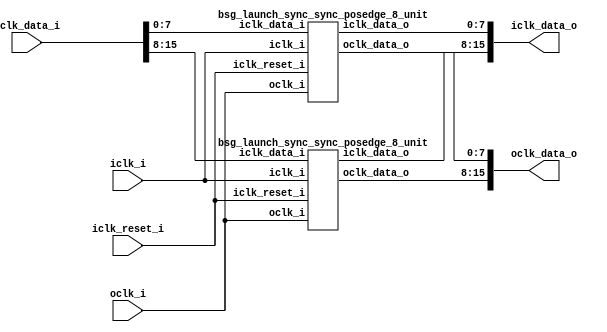
/* Generated by Yosys 0.27+9 (git sha1 101d19bb6, gcc 11.2.0-7ubuntu2 -fPIC -Os) */

(* top =  1  *)

module bsg_launch_sync_sync(iclk_i, iclk_reset_i, oclk_i, iclk_data_i, iclk_data_o, oclk_data_o);
  
  input [15:0] iclk_data_i;
  wire [15:0] iclk_data_i;
  
  output [15:0] iclk_data_o;
  wire [15:0] iclk_data_o;
  
  input iclk_i;
  wire iclk_i;
  
  input iclk_reset_i;
  wire iclk_reset_i;
  
  output [15:0] oclk_data_o;
  wire [15:0] oclk_data_o;
  
  input oclk_i;
  wire oclk_i;
  (* module_not_derived = 32'd1 *)
  
  bsg_launch_sync_sync_posedge_8_unit \sync.p.maxb[0].blss  (
    .iclk_data_i(iclk_data_i[7:0]),
    .iclk_data_o(iclk_data_o[7:0]),
    .iclk_i(iclk_i),
    .iclk_reset_i(iclk_reset_i),
    .oclk_data_o(oclk_data_o[7:0]),
    .oclk_i(oclk_i)
  );
  (* module_not_derived = 32'd1 *)
  
  bsg_launch_sync_sync_posedge_8_unit \sync.p.maxb[1].blss  (
    .iclk_data_i(iclk_data_i[15:8]),
    .iclk_data_o(iclk_data_o[15:8]),
    .iclk_i(iclk_i),
    .iclk_reset_i(iclk_reset_i),
    .oclk_data_o(oclk_data_o[15:8]),
    .oclk_i(oclk_i)
  );
endmodule


module bsg_launch_sync_sync_posedge_8_unit(iclk_i, iclk_reset_i, oclk_i, iclk_data_i, iclk_data_o, oclk_data_o);
  
  reg [7:0] bsg_SYNC_1_r;
  
  reg [7:0] bsg_SYNC_2_r;
  
  reg [7:0] bsg_SYNC_LNCH_r;
  
  input [7:0] iclk_data_i;
  wire [7:0] iclk_data_i;
  
  output [7:0] iclk_data_o;
  wire [7:0] iclk_data_o;
  
  input iclk_i;
  wire iclk_i;
  
  input iclk_reset_i;
  wire iclk_reset_i;
  
  output [7:0] oclk_data_o;
  wire [7:0] oclk_data_o;
  
  input oclk_i;
  wire oclk_i;
  (* \always_ff  = 32'd1 *)
  
  always @(posedge oclk_i)
    bsg_SYNC_2_r[4] <= bsg_SYNC_1_r[4];
  (* \always_ff  = 32'd1 *)
  
  always @(posedge oclk_i)
    bsg_SYNC_2_r[5] <= bsg_SYNC_1_r[5];
  (* \always_ff  = 32'd1 *)
  
  always @(posedge oclk_i)
    bsg_SYNC_2_r[6] <= bsg_SYNC_1_r[6];
  (* \always_ff  = 32'd1 *)
  
  always @(posedge oclk_i)
    bsg_SYNC_2_r[7] <= bsg_SYNC_1_r[7];
  (* \always_ff  = 32'd1 *)
  
  always @(posedge oclk_i)
    bsg_SYNC_1_r[0] <= bsg_SYNC_LNCH_r[0];
  (* \always_ff  = 32'd1 *)
  
  always @(posedge oclk_i)
    bsg_SYNC_1_r[1] <= bsg_SYNC_LNCH_r[1];
  (* \always_ff  = 32'd1 *)
  
  always @(posedge oclk_i)
    bsg_SYNC_1_r[2] <= bsg_SYNC_LNCH_r[2];
  (* \always_ff  = 32'd1 *)
  
  always @(posedge oclk_i)
    bsg_SYNC_1_r[3] <= bsg_SYNC_LNCH_r[3];
  (* \always_ff  = 32'd1 *)
  
  always @(posedge oclk_i)
    bsg_SYNC_1_r[4] <= bsg_SYNC_LNCH_r[4];
  (* \always_ff  = 32'd1 *)
  
  always @(posedge oclk_i)
    bsg_SYNC_1_r[5] <= bsg_SYNC_LNCH_r[5];
  (* \always_ff  = 32'd1 *)
  
  always @(posedge oclk_i)
    bsg_SYNC_1_r[6] <= bsg_SYNC_LNCH_r[6];
  (* \always_ff  = 32'd1 *)
  
  always @(posedge oclk_i)
    bsg_SYNC_1_r[7] <= bsg_SYNC_LNCH_r[7];
  (* \always_ff  = 32'd1 *)
  
  always @(posedge iclk_i)
    if (iclk_reset_i) bsg_SYNC_LNCH_r[0] <= 1'h0;
    else bsg_SYNC_LNCH_r[0] <= iclk_data_i[0];
  (* \always_ff  = 32'd1 *)
  
  always @(posedge iclk_i)
    if (iclk_reset_i) bsg_SYNC_LNCH_r[1] <= 1'h0;
    else bsg_SYNC_LNCH_r[1] <= iclk_data_i[1];
  (* \always_ff  = 32'd1 *)
  
  always @(posedge iclk_i)
    if (iclk_reset_i) bsg_SYNC_LNCH_r[2] <= 1'h0;
    else bsg_SYNC_LNCH_r[2] <= iclk_data_i[2];
  (* \always_ff  = 32'd1 *)
  
  always @(posedge iclk_i)
    if (iclk_reset_i) bsg_SYNC_LNCH_r[3] <= 1'h0;
    else bsg_SYNC_LNCH_r[3] <= iclk_data_i[3];
  (* \always_ff  = 32'd1 *)
  
  always @(posedge iclk_i)
    if (iclk_reset_i) bsg_SYNC_LNCH_r[4] <= 1'h0;
    else bsg_SYNC_LNCH_r[4] <= iclk_data_i[4];
  (* \always_ff  = 32'd1 *)
  
  always @(posedge iclk_i)
    if (iclk_reset_i) bsg_SYNC_LNCH_r[5] <= 1'h0;
    else bsg_SYNC_LNCH_r[5] <= iclk_data_i[5];
  (* \always_ff  = 32'd1 *)
  
  always @(posedge iclk_i)
    if (iclk_reset_i) bsg_SYNC_LNCH_r[6] <= 1'h0;
    else bsg_SYNC_LNCH_r[6] <= iclk_data_i[6];
  (* \always_ff  = 32'd1 *)
  
  always @(posedge iclk_i)
    if (iclk_reset_i) bsg_SYNC_LNCH_r[7] <= 1'h0;
    else bsg_SYNC_LNCH_r[7] <= iclk_data_i[7];
  (* \always_ff  = 32'd1 *)
  
  always @(posedge oclk_i)
    bsg_SYNC_2_r[0] <= bsg_SYNC_1_r[0];
  (* \always_ff  = 32'd1 *)
  
  always @(posedge oclk_i)
    bsg_SYNC_2_r[1] <= bsg_SYNC_1_r[1];
  (* \always_ff  = 32'd1 *)
  
  always @(posedge oclk_i)
    bsg_SYNC_2_r[2] <= bsg_SYNC_1_r[2];
  (* \always_ff  = 32'd1 *)
  
  always @(posedge oclk_i)
    bsg_SYNC_2_r[3] <= bsg_SYNC_1_r[3];
  assign iclk_data_o = bsg_SYNC_LNCH_r;
  assign oclk_data_o = bsg_SYNC_2_r;
endmodule